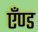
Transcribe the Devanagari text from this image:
एँण्ड